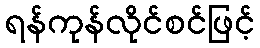
ရန်ကုန်လိုင်စင်ဖြင့်